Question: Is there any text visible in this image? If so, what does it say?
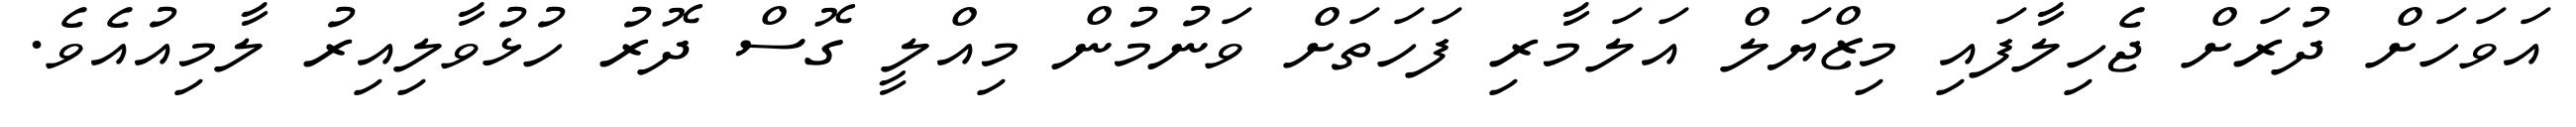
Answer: އަވަހަށް ދުރަށް ޖެހިލާފައި މިޒްޔަލް އަލަމާރި ފަހަތަށް ވަނުމުން މިއްލީ ގޮސް ދޮރު ހުޅުވާލިއިރު ލާމިއުއެވެ.